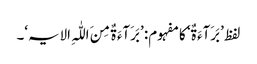
لفظ ’بَرَآءَ ۃٌ‘ کا مفہوم: ’بَرَآءَ ۃٌ مِنَ اللّٰہِ الایہ‘۔